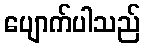
ပျောက်ပါသည်